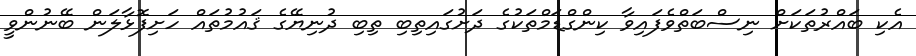
އެކި ބައްރުތަކަށް ނިސްބަތްވެފައިވާ ކިންގްޑަމްތަކުގެ ދަށުގައިތިބި ތިބި ދުނިޔޭގެ ޤައުމުތައް ހަށިފޮޅާލަން ބޭނުންވީ